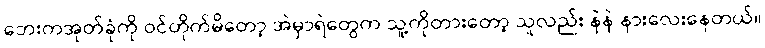
ဘေးကအုတ်ခုံကို ဝင်တိုက်မိတော့ အဲမှာရဲတွေက သူ့ကိုတားတော့ သူလည်း နဲနဲ နားလေးနေတယ်။